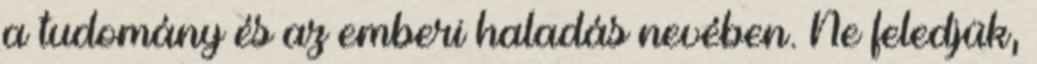
a tudomány és az emberi haladás nevében. Ne feledjük,